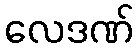
လေဒဏ်